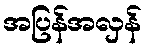
အပြန်အလှန်